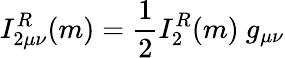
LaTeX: I_{2\mu\nu}^{R}(m)=\frac{1}{2}I_{2}^{R}(m)\ g_{\mu\nu}